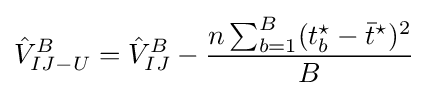
{\hat {V}}_{IJ-U}^{B}={\hat {V}}_{IJ}^{B}-{\frac {n\sum _{b=1}^{B}(t_{b}^{\star }-{\bar {t}}^{\star })^{2}}{B}}